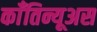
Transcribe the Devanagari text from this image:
काँतिन्यूअस